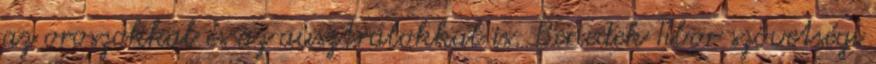
az oroszokkal és az ausztrálokkal is. Benedek Tibor szövetségi